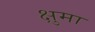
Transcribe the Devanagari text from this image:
क्षुमा